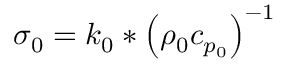
\sigma _ { 0 } = { k _ { 0 } } * \left( { \rho _ { 0 } c _ { p _ { 0 } } } \right) ^ { - 1 }